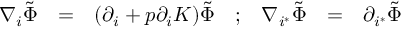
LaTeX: \begin{array} { c c c c c c c } { { \nabla _ { i } \tilde { \Phi } } } & { { = } } & { { ( \partial _ { i } + p \partial _ { i } { \cal K } ) \tilde { \Phi } } } & { { ; } } & { { \nabla _ { i ^ { * } } \tilde { \Phi } } } & { { = } } & { { \partial _ { i ^ { * } } \tilde { \Phi } } } \end{array}